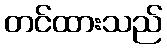
တင်ထားသည်